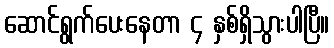
ဆောင်ရွက်ပေးနေတာ ၄ နှစ်ရှိသွားပါပြီ။